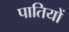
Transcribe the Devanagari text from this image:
पातियों